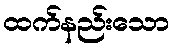
ထက်နည်းသော